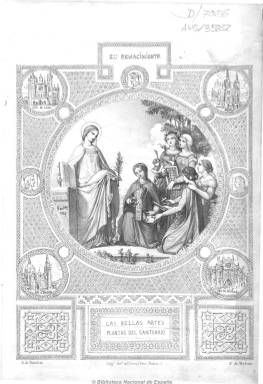
Título: El Renacimiento (Madrid. 1847)
Colección: Arte
Ámbito geográfico: Madrid
Lugar de publicación: Madrid
Fechas: 14/03/1847-18/07/1847

Revista literaria y artística cuyos fundadores y directores, Federico de Madrazo (1815-1894) y Antonio de Zabaleta (1803-1864), consideran continuación de la que habían publicado una década antes: El artista (1835-1836), por ello, la indicación en su cabecera de que se trata de una segunda serie. Pero si esta formó parte de un movimiento romántico innovador, la que ahora editan perderá ese impulso y se alineará en el romanticismo conservador de la nueva época, tal como señala Borja Rodríguez Gutiérrez en su estudio sobre estas dos publicaciones.

Apenas publicarán diecinueve entregas semanales, desde el 14 de marzo al 18 de julio, en números de ocho páginas, a dos columnas, con algunos grabados (retratos, principalmente) y láminas fuera de texto en cada uno de ellos. Será estampada en la imprenta de la viuda de Burgos y en la de Alhambra y Compañía. Publicará artículos y noticias sobre bellas artes (arquitectura, escultura, pintura, música), historia, arqueología, coleccionismo, biografías y de crítica literaria y teatral (que tiene una sección propia), así como de creación (narraciones, leyendas, poemas, etc.).

Entre sus dibujantes y grabadores se encuentran, entre otros, los propios Zabaleta y Madrazo, así como Calisto Ortega. También inserta láminas del recién fallecido Leonardo Alenza y Niceto (1807-1845). Entre las firmas de sus textos aparecen también las de sus dos directores y, entre otras, las de Eugenio Ochoa, Valentín Carderera, Francisco de Sales y Quiroga, Antonio de Marsanau, Eduardo Velaz de Medrano, Carolina Coronado, Juan Federico Muntadas, José Heriberto García de Quevedo, Nicolás Suárez Cantón y la de un joven Francisco Pi y Margall (1824-1901), que comenzará su periplo como colaborador de prensa para ganarse la vida a su llegada a Madrid.

La mayor parte de sus redactores y colaboradores pasarán a serlo del Semanario pintoresco español (1835-1857) cuando este absorba a El renacimiento, a partir del 17 de octubre de 1847. José Simón Díaz también publicó su índice en Revista de literatura, en 1970.